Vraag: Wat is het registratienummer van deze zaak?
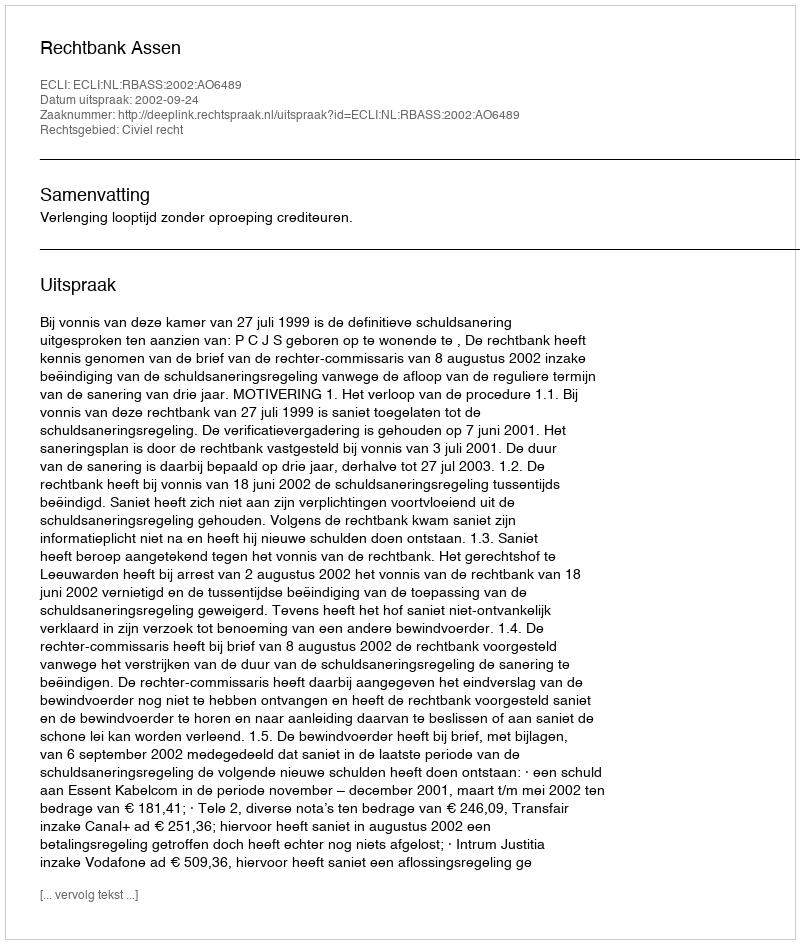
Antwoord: http://deeplink.rechtspraak.nl/uitspraak?id=ECLI:NL:RBASS:2002:AO6489